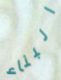
البناء